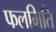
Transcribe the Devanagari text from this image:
फलमिति